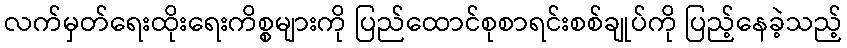
လက်မှတ်ရေးထိုးရေးကိစ္စများကို ပြည်ထောင်စုစာရင်းစစ်ချုပ်ကို ပြည့်နေခဲ့သည့်